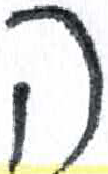
אות: ה